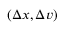
( \Delta \v { x } , \Delta \v { v } )